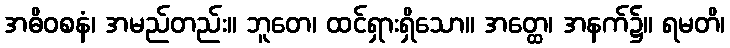
အဓိဝစနံ၊ အမည်တည်း။ ဘူတေ၊ ထင်ရှားရှိသော။ အတ္ထေ၊ အနက်၌။ ရမတိ၊